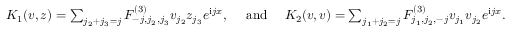
\begin{array} { r } { K _ { 1 } ( v , z ) = \sum _ { j _ { 2 } + j _ { 3 } = j } F _ { - j , j _ { 2 } , j _ { 3 } } ^ { ( 3 ) } v _ { j _ { 2 } } z _ { j _ { 3 } } e ^ { \mathrm { i } j x } , \quad \mathrm { ~ a n d ~ } \quad K _ { 2 } ( v , v ) = \sum _ { j _ { 1 } + j _ { 2 } = j } F _ { j _ { 1 } , j _ { 2 } , - j } ^ { ( 3 ) } v _ { j _ { 1 } } v _ { j _ { 2 } } e ^ { \mathrm { i } j x } . } \end{array}